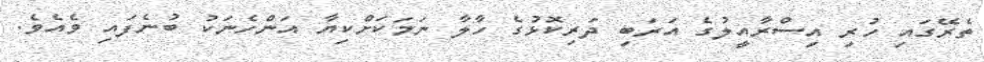
ތެރޭގައި ހުރި އިސްރާއީލުގެ އަރަބި ދަރިކޮޅުގެ ހާލާ ނަމަކަށްކިޔާ އަންހެނަކު ބުނެފައި ވެއެވެ.